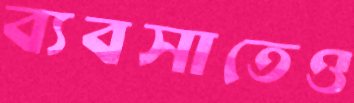
ব্যবসাতেও